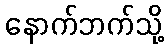
နောက်ဘက်သို့